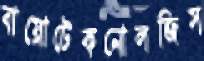
বায়োটেকনোলজিস